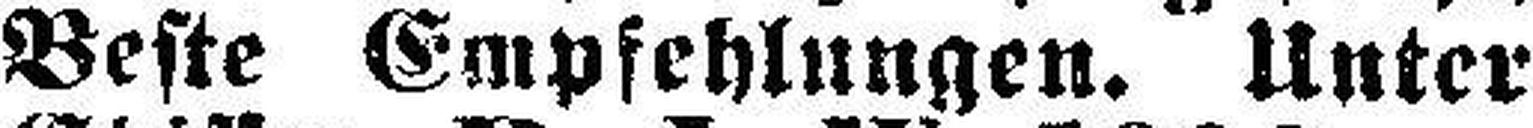
Beste Empfehlungen. Unter